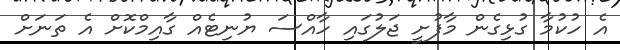
އެ ހުކުމާ ގުޅިގެން މާފުށީ ޖަލުގައި ހާއްސަ ޔުނިޓެއް ގާއިމްކޮށް އެ ތަނަށް